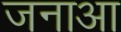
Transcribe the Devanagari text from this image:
जनाआ